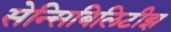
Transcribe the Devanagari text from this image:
सेन्सिबिलिटीझ